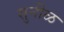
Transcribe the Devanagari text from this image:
सुनीळ